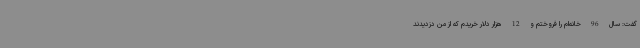
گفت: سال 96 خانه‌ام را فروختم و 12 هزار دلار خریدم که از من دزدیدند